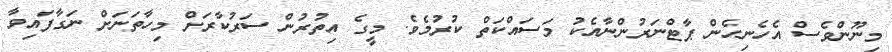
މިނޫންވެސް އެހެނިހެން ޕާޓްނަރުންނާއެކު މަސައްކަތް ކުރުމެވެ. މީގެ އިތުރުން ސަރުކާރަށް މިހާތަނަށް ނަގާފައިވާ